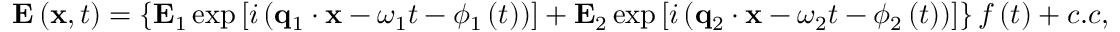
\mathbf { E } \left( \mathbf { x } , t \right) = \left\{ \mathbf { E } _ { 1 } \exp \left[ i \left( \mathbf { q } _ { 1 } \cdot \mathbf { x } - \omega _ { 1 } t - \phi _ { 1 } \left( t \right) \right) \right] + \mathbf { E } _ { 2 } \exp \left[ i \left( \mathbf { q } _ { 2 } \cdot \mathbf { x } - \omega _ { 2 } t - \phi _ { 2 } \left( t \right) \right) \right] \right\} f \left( t \right) + c . c ,